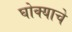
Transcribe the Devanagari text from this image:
घोक्याचे